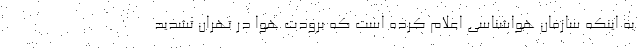
به اینکه سازمان هواشناسی اعلام کرده است که برودت هوا در تهران تشدید